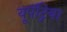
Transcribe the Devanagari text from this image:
यूपॅट्रिया